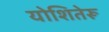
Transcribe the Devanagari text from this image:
योशितेरू